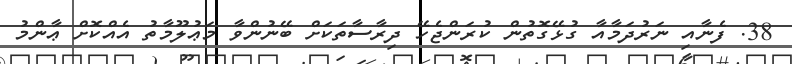
38. ފެނާއި ނަރުދަމާއާ ގުޅޭގޮތުން ކުރަންޖެހޭ ދިރާސާތަކަށް ބޭނުންވާ މަޢުލޫމާތު އެއްކޮށް ޢާންމު